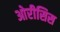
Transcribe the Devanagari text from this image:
ओरीसिस